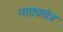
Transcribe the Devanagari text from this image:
नाट्यतंत्र